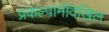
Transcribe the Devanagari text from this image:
प्रकल्पांनीदेखिल